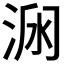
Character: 𱦥